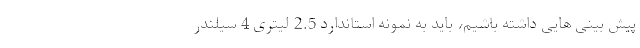
پیش بینی هایی داشته باشیم، باید به نمونه استاندارد 2.5 لیتری 4 سیلندر